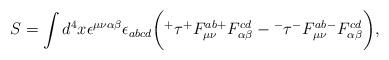
LaTeX: \begin{align*}S=\int d^4 x \epsilon^{\mu\nu\alpha\beta} \epsilon_{abcd} \bigg({^+} \tau {^+}F^{ab}_{\mu\nu} {^+}F^{cd}_{\alpha\beta} - {^-} \tau{^-}F^{ab}_{\mu\nu} {^-}F^{cd}_{\alpha\beta} \bigg) ,\end{align*}